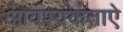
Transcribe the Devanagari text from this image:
आवश्यकताऐ